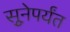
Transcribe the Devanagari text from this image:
सुूनेपर्यंत